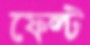
ফেল্ট